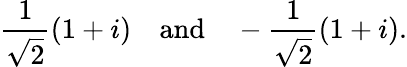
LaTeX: {\frac{1}{\sqrt{2}}}(1+i)\quad{\mathrm{and}}\quad-{\frac{1}{\sqrt{2}}}(1+i).